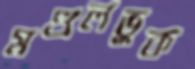
মণ্ডলভুক